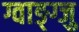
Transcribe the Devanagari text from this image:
ग्वाङ्ग्जु